Calcutta medical institutions reports 1879-81 [i.e.91]
Year: 1879
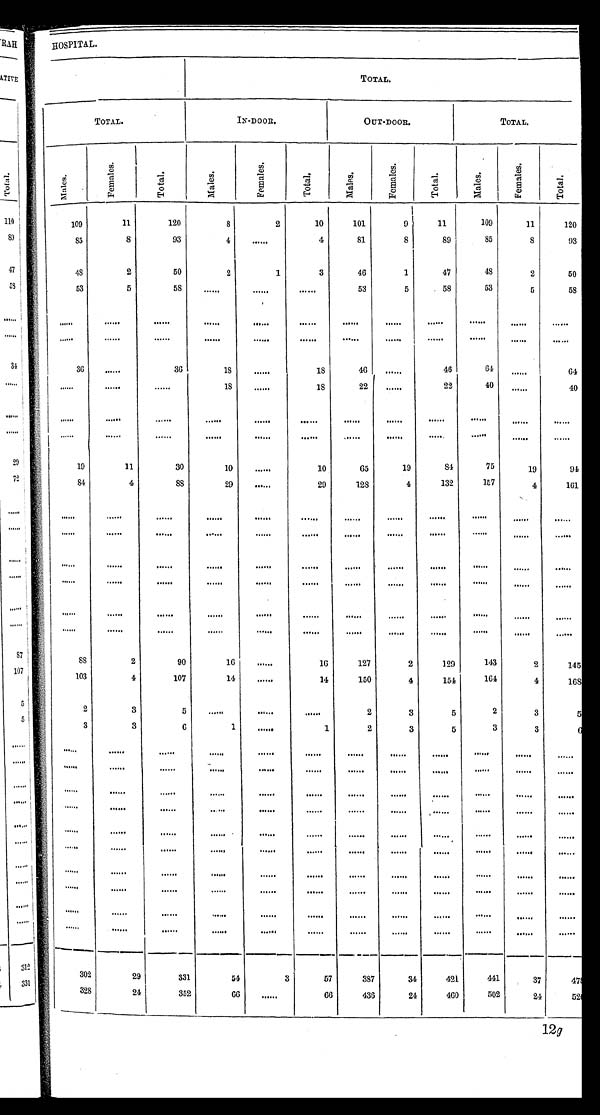
HOSPITAL.
T O T A L .
I N - D O O R .
O U T - D O O R .
T O T A L .
M a l e s .
F e m a l e s .
T o t a l .
M a l e s .
F e m a l e s .
T o t a l .
M a l e s .
F e m a l e s .
T o t a l .
M a l e s .
F e m a l e s .
T o t a l .
1 0 9
1 1
1 2 0
8
2
1 0
1 0 1
9
1 1
1 0 9
1 1
1 2 0
8 5
8
9 3
4
. . .
4
8 1
8
8 9
8 5
8
9 3
4 8
2
5 0
2
1
3
4 6
1
4 7
4 8
2
5 0
5 3
5
5 8
. . .
. . .
. . .
5 3
5
5 8
5 3
5
5 8
. . .
. . .
. . .
. . .
. . .
. . .
. . .
. . .
. . .
. . .
. . .
. . .
. . .
. . .
. . .
. . .
. . .
. . .
. . .
. . .
. . .
. . .
. . .
. . .
3 6
. . .
3 6
1 8
. . .
1 8
4 6
. . .
4 6
6 4
. . .
6 4
. . .
. . .
. . .
1 8
. . .
1 8
2 2
. . .
2 2
4 0
. . .
4 0
. . .
. . .
. . .
. . .
. . .
. . .
. . .
. . .
. . .
. . .
. . .
. . .
. . .
. . .
. . .
. . .
. . .
. . .
. . .
. . .
. . .
. . .
. . .
. . .
1 9
1 1
3 0
1 0
. . .
1 0
6 5
1 9
8 4
7 5
1 9
9 4
8 4
4
8 8
2 9
. . .
2 9
1 2 8
4
1 3 2
1 5 7
4
1 6 1
. . .
. . .
. . .
. . .
. . .
. . .
. . .
. . .
. . .
. . .
. . .
. . .
. . .
. . .
. . .
. . .
. . .
. . .
. . .
. . .
. . .
. . .
. . .
. . .
. . .
. . .
. . .
. . .
. . .
. . .
. . .
. . .
. . .
. . .
. . .
. . .
. . .
. . .
. . .
. . .
. . .
. . .
. . .
. . .
. . .
. . .
. . .
. . .
. . .
. . .
. . .
. . .
. . .
. . .
. . .
. . .
. . .
. . .
. . .
. . .
. . .
. . .
. . .
. . .
. . .
. . .
. . .
. . .
. . .
. . .
. . .
. . .
8 8
2
9 0
1 6
. . .
1 6
1 2 7
2
1 2 9
1 4 3
2
1 4 5
1 0 3
4
1 0 7
1 4
. . .
1 4
1 5 0
4
1 5 4
1 6 4
4
1 6 8
2
3 5
. . .
. . .
. . .
2
3
5
2
3
5
3
3 6
1
. . .
1
2
3
5
3
3
6
. . .
. . .
. . .
. . .
. . .
. . . . . .
. . .
. . .
. . .
. . .
. . .
. . .
. . .
. . .
. . .
. . .
. . . . . .
. . .
. . .
. . .
. . .
. . .
. . .
. . .
. . .
. . .
. . .
. . . . . .
. . .
. . .
. . .
. . .
. . .
. . .
. . .
. . .
. . .
. . .
. . . . . .
. . .
. . .
. . .
. . .
. . .
. . .
. . .
. . .
. . .
. . .
. . . . . .
. . .
. . .
. . .
. . .
. . .
. . .
. . .
. . .
. . .
. . .
. . . . . .
. . .
. . .
. . .
. . .
. . .
. . .
. . .
. . .
. . .
. . .
. . . . . .
. . .
. . .
. . .
. . .
. . .
. . .
. . .
. . .
. . .
. . .
. . . . . .
. . .
. . .
. . .
. . .
. . .
. . .
. . .
. . .
. . .
. . .
. . . . . .
. . .
. . .
. . .
. . .
. . .
. . .
. . .
. . .
. . .
. . .
. . . . . .
. . .
. . .
. . .
. . .
. . .
2 0 2
2 9
3 3 1
5 4
3
5 7
3 8 7
3 4
4 2 1
4 4 1
3 7
4 7 8
3 2 8
2 4
3 5 2
6 6
. . .
6 6
4 3 6
2 4
4 6 0
5 0 2
2 4
5 2 6
1 2 g